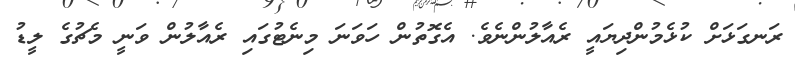
ރަނގަޅަށް ކުޅެމުންދިޔައީ ރެއާލުންނެވެ. އެގޮތުން ހަވަނަ މިނެޓުގައި ރެއާލުން ވަނީ މެޗުގެ ލީޑު